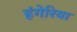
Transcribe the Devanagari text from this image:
हंगेरिया